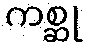
ကစ္ဆု